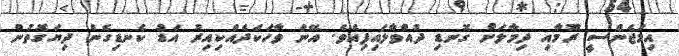
އިމަޖެންސީ ރޫމާއި ދިމާލަށް ގޮނޑި ދުއްވާލައިފިއެވެ. އޭނަ ވާހަކަދެއްކިއިރު އަޑު ކެނޑިގެން ދިޔަގޮތުން